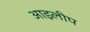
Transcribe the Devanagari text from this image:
आइलीप